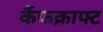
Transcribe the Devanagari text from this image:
कैंफक्राफ्ट